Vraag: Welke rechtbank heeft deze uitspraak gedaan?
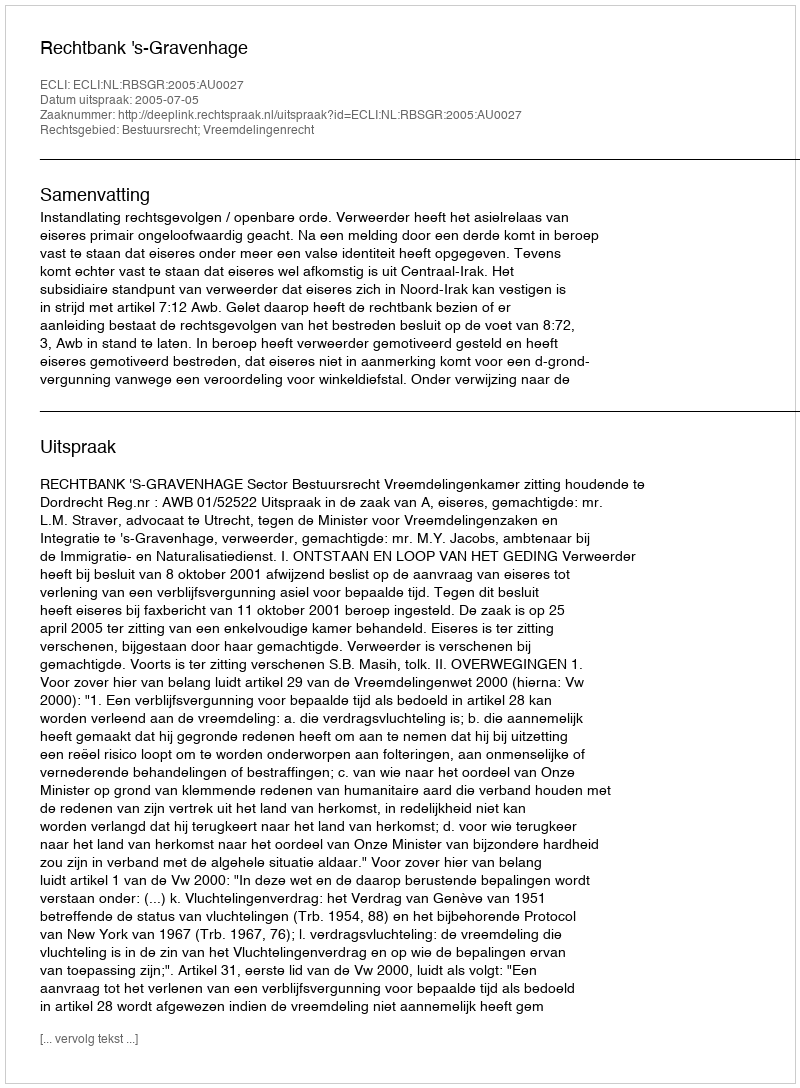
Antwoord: Rechtbank 's-Gravenhage